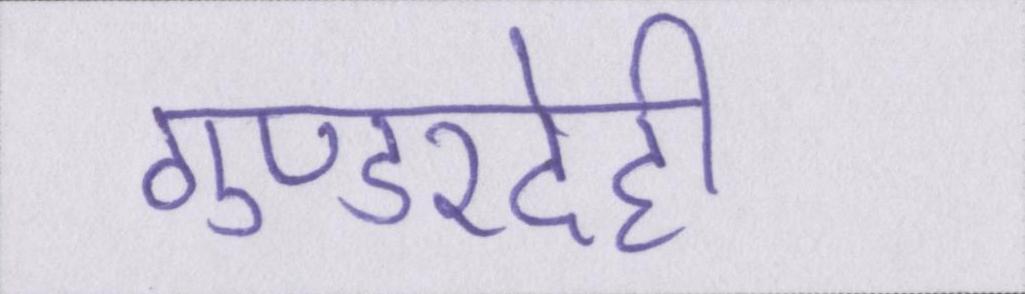
गुण्डरदेही